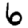
Digit: 6